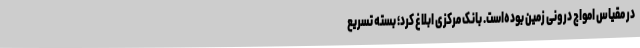
در مقیاس امواج درونی زمین بوده‌است. بانک مرکزی ابلاغ کرد؛ بسته تسریع